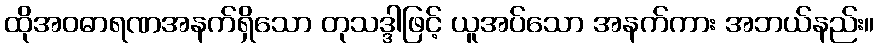
ထိုအဝဓာရဏအနက်ရှိသော တုသဒ္ဒါဖြင့် ယူအပ်သော အနက်ကား အဘယ်နည်း။